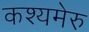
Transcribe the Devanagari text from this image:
कश्यमेरु